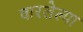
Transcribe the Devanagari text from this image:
वारलेल्या